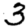
Digit: 3